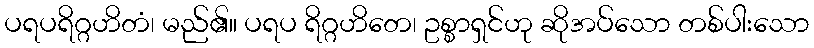
ပရပရိဂ္ဂဟိတံ၊ မည်၏။ ပရပ ရိဂ္ဂဟိတေ၊ ဥစ္စာရှင်ဟု ဆိုအပ်သော တစ်ပါးသော